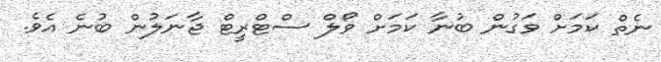
ނެތް ކަމަށް ވަގުން ބުނާ ކަމަށް ވޯލް ސްޓްރީޓް ޖާނަލުން ބުނެ އެވެ.